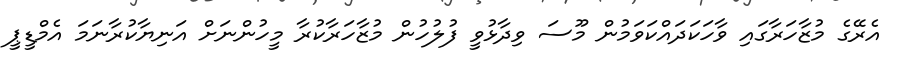
އެރޭގެ މުޒާހަރާގައި ވާހަކަދައްކަވަމުން މޫސަ ވިދާޅުވީ ފުލުހުން މުޒާހަރާކުރާ މީހުންނަށް އަނިޔާކުރާނަމަ އެމްޑީޕީ